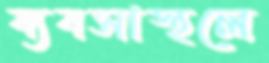
ব্যবসাস্থলে